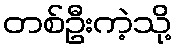
တစ်ဦးကဲ့သို့